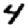
Digit: 4